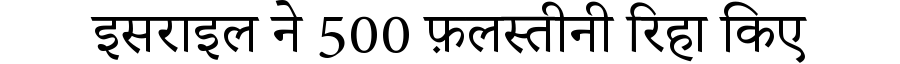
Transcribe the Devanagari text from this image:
इसराइल ने 500 फ़लस्तीनी रिहा किए